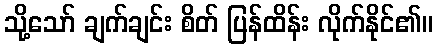
သို့သော် ချက်ချင်း စိတ် ပြန်ထိန်း လိုက်နိုင်၏။